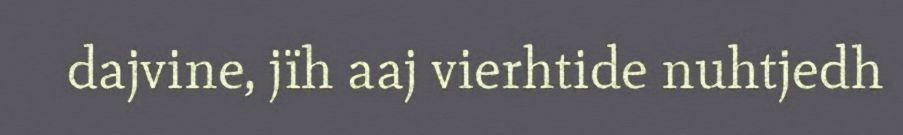
dajvine, jïh aaj vierhtide nuhtjedh